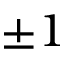
\pm 1